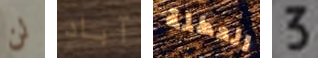
لن آباد العطلة 3